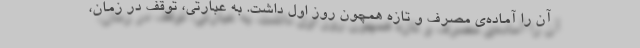
آن را آماده‌ی مصرف و تازه همچون روز اول داشت. به عبارتی، توقف در زمان،